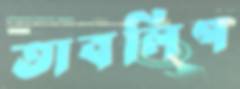
তাবলিগ